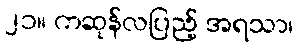
၂၁။ ကဆုန်လပြည့် အရသာ၊